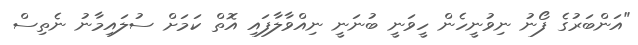
"އަންބަރުގެ ފޯނު ނިވުނީހެން ހީވަނީ ބުނަނީ ނިއްވާލާފައި އޮތް ކަމަށް ސުލައިމާނު ނެތިސް